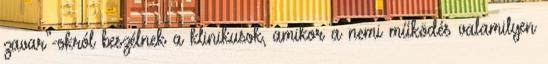
zavar”-okról beszélnek a klinikusok, amikor a nemi működés valamilyen